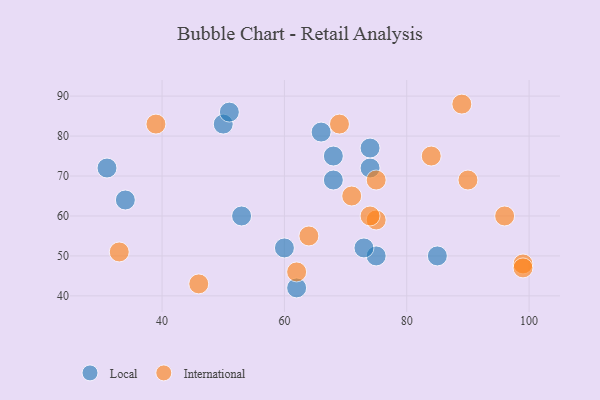
{"axis": {"x": "GDP", "y": "Life Expectancy"}, "legend": ["International", "Local"], "data": [{"x": "75", "y": 50, "type": "Local"}, {"x": "31", "y": 72, "type": "Local"}, {"x": "68", "y": 75, "type": "Local"}, {"x": "85", "y": 50, "type": "Local"}, {"x": "34", "y": 64, "type": "Local"}, {"x": "60", "y": 52, "type": "Local"}, {"x": "53", "y": 60, "type": "Local"}, {"x": "74", "y": 72, "type": "Local"}, {"x": "66", "y": 81, "type": "Local"}, {"x": "62", "y": 42, "type": "Local"}, {"x": "74", "y": 77, "type": "Local"}, {"x": "50", "y": 83, "type": "Local"}, {"x": "68", "y": 69, "type": "Local"}, {"x": "51", "y": 86, "type": "Local"}, {"x": "73", "y": 52, "type": "Local"}, {"x": "75", "y": 59, "type": "International"}, {"x": "74", "y": 60, "type": "International"}, {"x": "69", "y": 83, "type": "International"}, {"x": "33", "y": 51, "type": "International"}, {"x": "96", "y": 60, "type": "International"}, {"x": "75", "y": 69, "type": "International"}, {"x": "62", "y": 46, "type": "International"}, {"x": "90", "y": 69, "type": "International"}, {"x": "89", "y": 88, "type": "International"}, {"x": "99", "y": 48, "type": "International"}, {"x": "39", "y": 83, "type": "International"}, {"x": "46", "y": 43, "type": "International"}, {"x": "64", "y": 55, "type": "International"}, {"x": "84", "y": 75, "type": "International"}, {"x": "99", "y": 47, "type": "International"}, {"x": "71", "y": 65, "type": "International"}]}